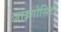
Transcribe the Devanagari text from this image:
ज़ाइगोसिटी